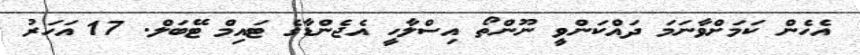
އެހެން ކަމަށްވާނަމަ ދައްކަންވީ ނޫންތޯ އިސްލާހީ އެޖެންޑާގެ ޓައިމް ޓޭބަލް. 17 އަހަރު